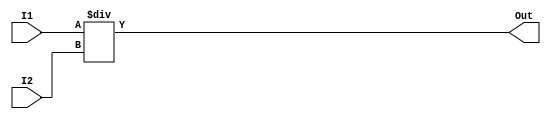
module Div(I1, I2, Out);
	
	input [31:0] I1, I2;
	output [31:0] Out;
	
	assign Out = I1 / I2;
	
endmodule